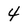
Character: 4